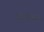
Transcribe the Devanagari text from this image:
नासत्यौ